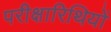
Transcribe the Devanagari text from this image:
परीक्षारिथियों